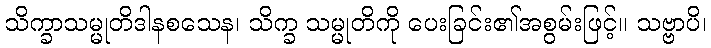
သိက္ခာသမ္မုတိဒါနစသေန၊ သိက္ခ သမ္မုတိကို ပေးခြင်း၏အစွမ်းဖြင့်။ သဗ္ဗာပိ၊